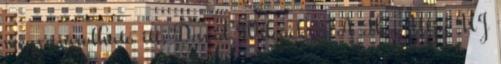
megvásárolható itt. David Wilcock - A Hős Útja ÚJ